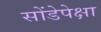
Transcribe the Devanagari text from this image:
सोंडेपेक्षा